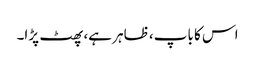
اس کا باپ، ظاہر ہے، پھٹ پڑا۔